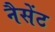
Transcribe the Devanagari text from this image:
नैसेंट